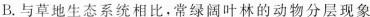
B.与草地生态系统相比，常绿阔叶林的动物分层现象